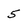
Character: 5